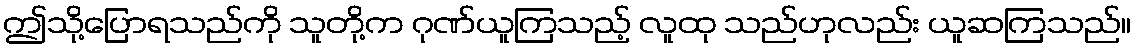
ဤသို့ပြောရသည်ကို သူတို့က ဂုဏ်ယူကြသည့် လူထု သည်ဟုလည်း ယူဆကြသည်။